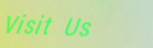
Visit Us